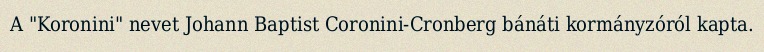
A "Koronini" nevet Johann Baptist Coronini-Cronberg bánáti kormányzóról kapta.